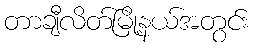
တာချီလိတ်မြို့နယ်အတွင်း